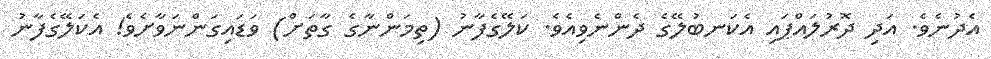
އެދުނެވެ. އަދި ދޮރުލައްޕައި އެކަނބުލޭގެ ދެންނެވިއެވެ. ކަލޭގެފާނު (ތިމަންނާގެ ގާތަށް) ވަޑައިގަންނަވާށެވެ! އެކަލޭގެފާނު